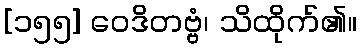
[၁၅၅] ဝေဒိတဗ္ဗံ၊ သိထိုက်၏။